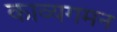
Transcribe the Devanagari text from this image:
काव्यगमन